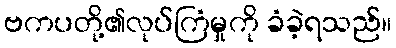
ဗကပတို့၏လုပ်ကြံမှုကို ခံခဲ့ရသည်။